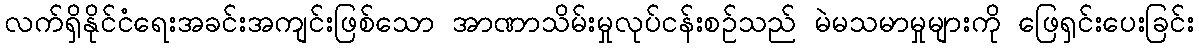
လက်ရှိနိုင်ငံရေးအခင်းအကျင်းဖြစ်သော အာဏာသိမ်းမှုလုပ်ငန်းစဉ်သည် မဲမသမာမှုများကို ဖြေရှင်းပေးခြင်း